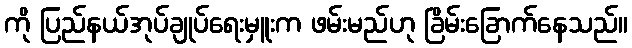
ကို ပြည်နယ်အုပ်ချုပ်ရေးမှူးက ဖမ်းမည်ဟု ခြိမ်းခြောက်နေသည်။